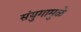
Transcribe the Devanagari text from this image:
संयुगामुळे